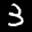
Label: 3